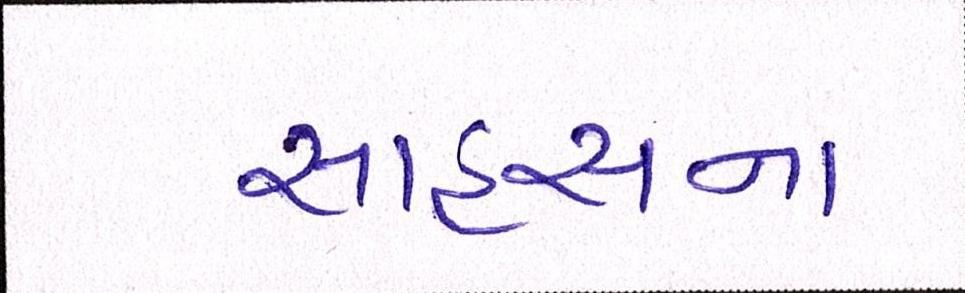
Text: સાહસના